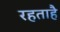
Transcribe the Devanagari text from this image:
रहताहै